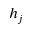
h _ { j }